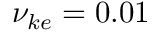
\nu _ { k e } = 0 . 0 1